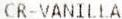
CR-VANILLA